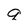
Character: q